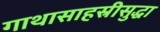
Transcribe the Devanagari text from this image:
गाथासाहस्रीसुद्धा